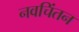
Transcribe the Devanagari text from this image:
नवचिंतन